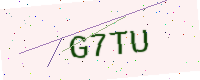
Text: G7TU